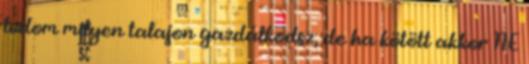
tudom milyen talajon gazdálkodsz, de ha kötött akkor NE